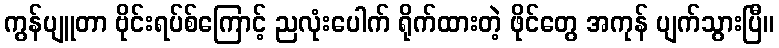
ကွန်ပျူတာ ဗိုင်းရပ်စ်ကြောင့် ညလုံးပေါက် ရိုက်ထားတဲ့ ဖိုင်တွေ အကုန် ပျက်သွားပြီ။